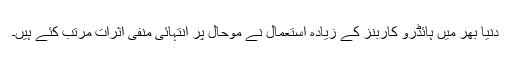
دنیا بھر میں ہائڈرو کاربنز کے زیادہ استعمال نے موحال پر انتہائی منفی اثرات مرتب کئے ہیں۔